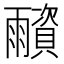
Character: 𩆂